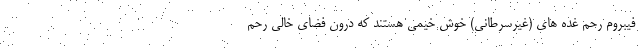
فیبروم رحم غده های (غیرسرطانی) خوش خیمی هستند که درون فضای خالی رحم